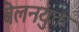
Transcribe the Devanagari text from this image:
बेलनयुक्त